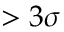
> 3 \sigma